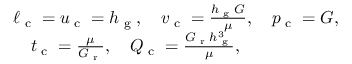
\begin{array} { r l r } & { \ell _ { \textrm { c } } = u _ { \textrm { c } } = h _ { \textrm { g } } , \quad v _ { \textrm { c } } = \frac { h _ { \textrm { g } } G } { \mu } , \quad p _ { \textrm { c } } = G , } & \\ & { \quad t _ { \textrm { c } } = \frac { \mu } { G _ { \textrm { r } } } , \quad Q _ { \textrm { c } } = \frac { G _ { \textrm { r } } h _ { \textrm { g } } ^ { 3 } } { \mu } , } \end{array}